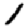
Digit: 1